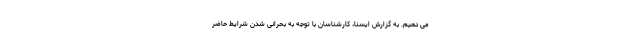
می دهیم. به گزارش ایسنا، کارشناسان با توجه به بحرانی شدن شرایط حاضر